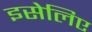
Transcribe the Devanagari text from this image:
इसेलिए